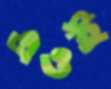
এওই